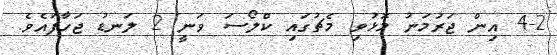
4-2 އިން ޖަރުމަނު މޮޅުވި މެޗުގައި ކްލޯސަ ވަނީ 2 ލަނޑު ޖަހާފައެވެ.